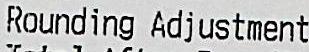
ROUNDING ADJUSTEMENT